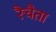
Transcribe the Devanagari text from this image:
रैचैता